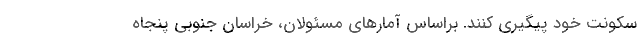
سکونت خود پیگیری کنند. براساس آمارهای مسئولان، خراسان جنوبی پنجاه